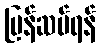
ပြန်ဆပ်ရန်